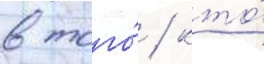
в того́ / кто́